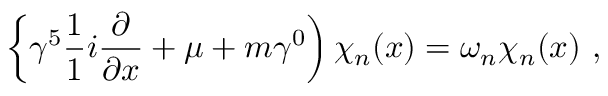
\left\{ \gamma ^ { 5 } \frac { 1 } { 1 } { i } \frac { \partial } { \partial x } + \mu + m \gamma ^ { 0 } \right) \chi _ { n } ( x ) = \omega _ { n } \chi _ { n } ( x ) \ ,